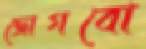
জোগবো